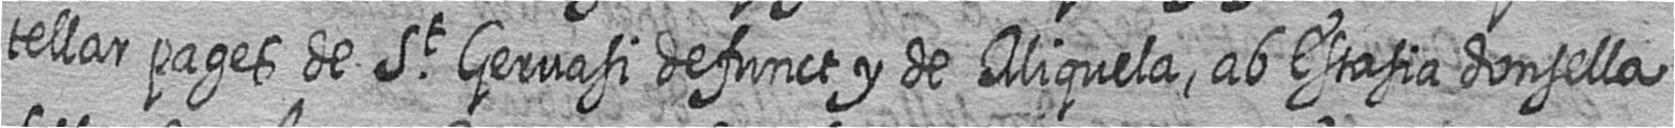
tellar pages de St Gervasi defunct y de Miquela ab Estasia donsella